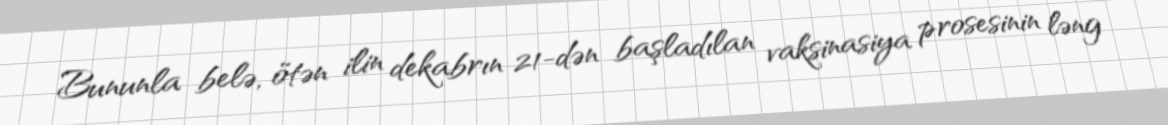
Bununla belə, ötən ilin dekabrın 21-dən başladılan vaksinasiya prosesinin ləng